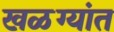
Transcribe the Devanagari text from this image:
खळग्यांत